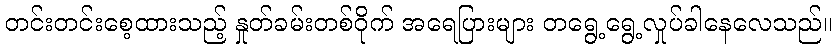
တင်းတင်းစေ့ထားသည့် နှုတ်ခမ်းတစ်ဝိုက် အရေပြားများ တရွေ့ရွေ့လှုပ်ခါနေလေသည်။